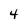
Character: 4